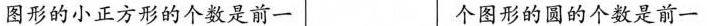
图形的小正方形的个数是前一 个图形的圆的个数是前一